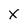
Character: x